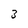
Character: 3